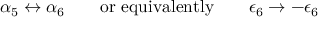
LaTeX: \alpha _ { 5 } \leftrightarrow \alpha _ { 6 } \quad \quad \mathrm { o r ~ e q u i v a l e n t l y } \quad \quad \epsilon _ { 6 } \rightarrow - \epsilon _ { 6 }